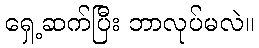
ရှေ့ဆက်ပြီး ဘာလုပ်မလဲ။